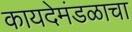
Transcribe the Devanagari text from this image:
कायदेमंडळाचा